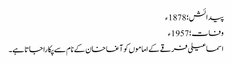
پیدائش؛ 1878ء
وفات؛ 1957ء
اسماعیلی فرقے کے اماموں کو آغا خان کے نام سے پکارا جاتا ہے۔